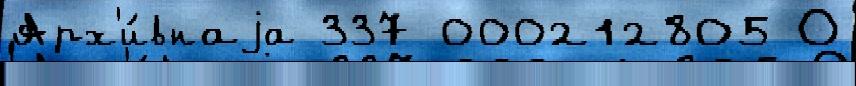
Арх'и́внаjа 337 000212805 О